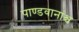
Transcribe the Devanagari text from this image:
पाण्डवानांश्च